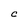
Character: C